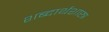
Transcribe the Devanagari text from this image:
शब्दार्थशास्त्र